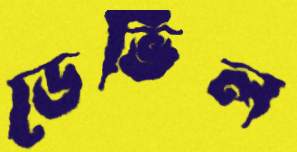
ডেভিল